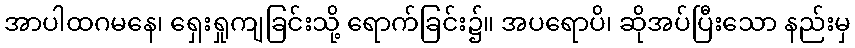
အာပါထဂမနေ၊ ရှေးရှုကျခြင်းသို့ ရောက်ခြင်း၌။ အပရောပိ၊ ဆိုအပ်ပြီးသော နည်းမှ